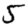
Digit: 5